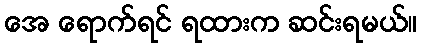
အေ ရောက်ရင် ရထားက ဆင်းရမယ်။